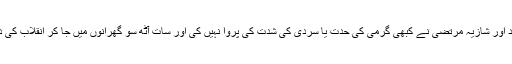
تنزیلہ امجد اور شازیہ مرتضیٰ نے کبھی گرمی کی حدت یا سردی کی شدت کی پروا نہیں کی اور سات آٹھ سو گھرانوں میں جا کر انقلاب کی دعوت دی۔